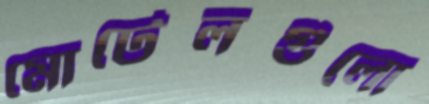
মোটেলগুলো